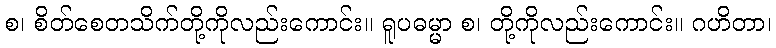
စ၊ စိတ်စေတသိက်တို့ကိုလည်းကောင်း။ ရူပဓမ္မာ စ၊ တို့ကိုလည်းကောင်း။ ဂဟိတာ၊